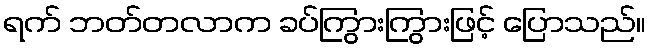
ရက် ဘတ်တလာက ခပ်ကြွားကြွားဖြင့် ပြောသည်။